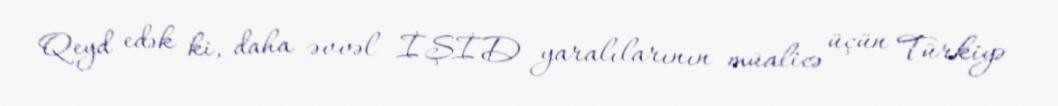
Qeyd edək ki, daha əvvəl İŞİD yaralılarının müalicə üçün Türkiyə